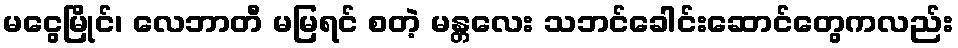
မငွေမြိုင်၊ လေဘာတီ မမြရင် စတဲ့ မန္တလေး သဘင်ခေါင်းဆောင်တွေကလည်း